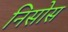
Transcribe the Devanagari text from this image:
निसोस